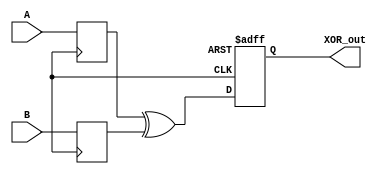
module timing_control_sync_block (
    input wire A,
    input wire B,
    output wire XOR_out
);

reg A_delayed, B_delayed;

// Delay elements for input signals
always @(posedge clk) begin
    A_delayed <= A;
    B_delayed <= B;
end

// XOR gate with specified delay
// Adjust the delay value as needed
always @(posedge clk or negedge rst_n) begin
    if (~rst_n) begin
        XOR_out <= 1'b0;
    end else begin
        #10; //specified delay of 10 time units
        XOR_out <= A_delayed ^ B_delayed;
    end
end

endmodule